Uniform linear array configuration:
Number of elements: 48
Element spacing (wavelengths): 1
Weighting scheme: exponential
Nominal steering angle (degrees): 0
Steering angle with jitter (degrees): -1.776
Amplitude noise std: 0.05
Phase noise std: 0.05

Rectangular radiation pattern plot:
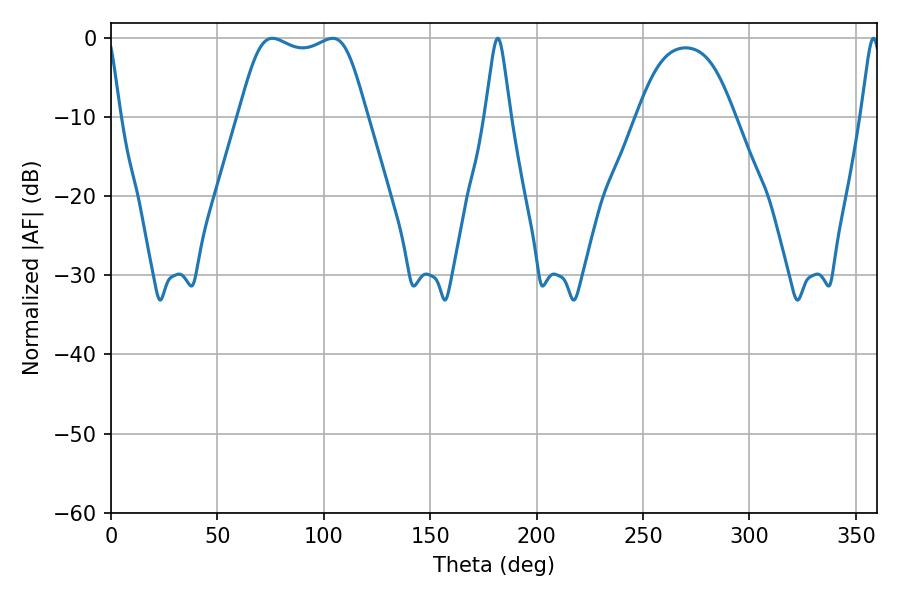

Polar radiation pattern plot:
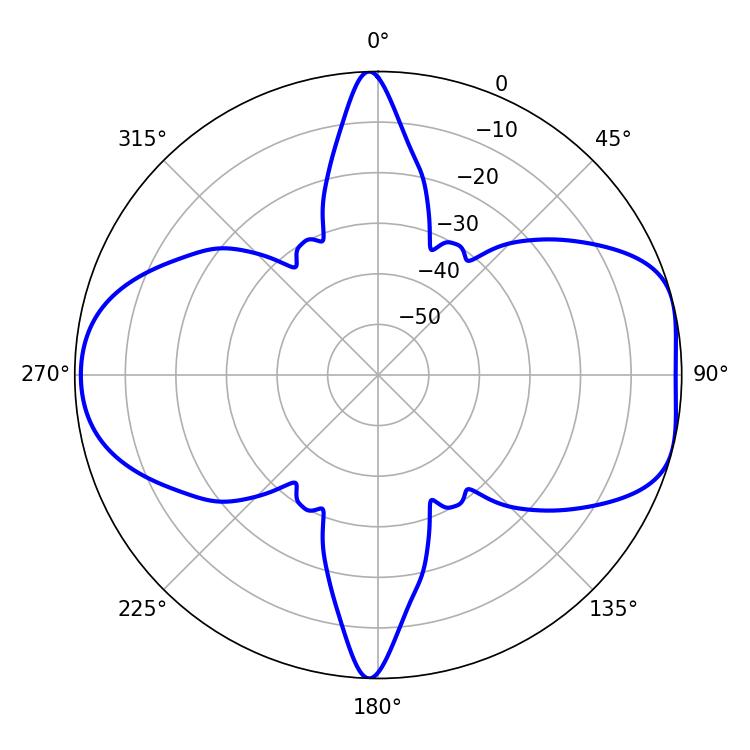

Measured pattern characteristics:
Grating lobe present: TRUE
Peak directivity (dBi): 7.739
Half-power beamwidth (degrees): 46.08
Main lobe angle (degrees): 75.78